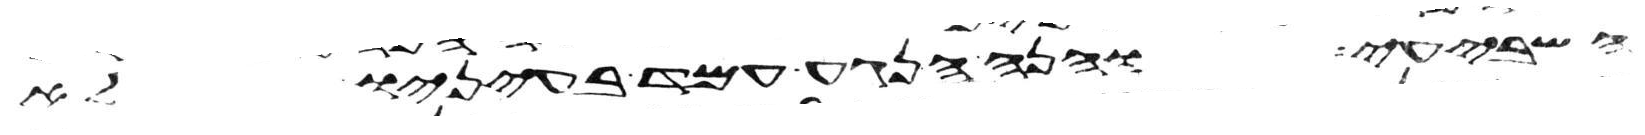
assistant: השביעי והנה הנגע עמד בעיניו לא